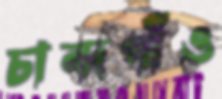
চান্দগাঁও